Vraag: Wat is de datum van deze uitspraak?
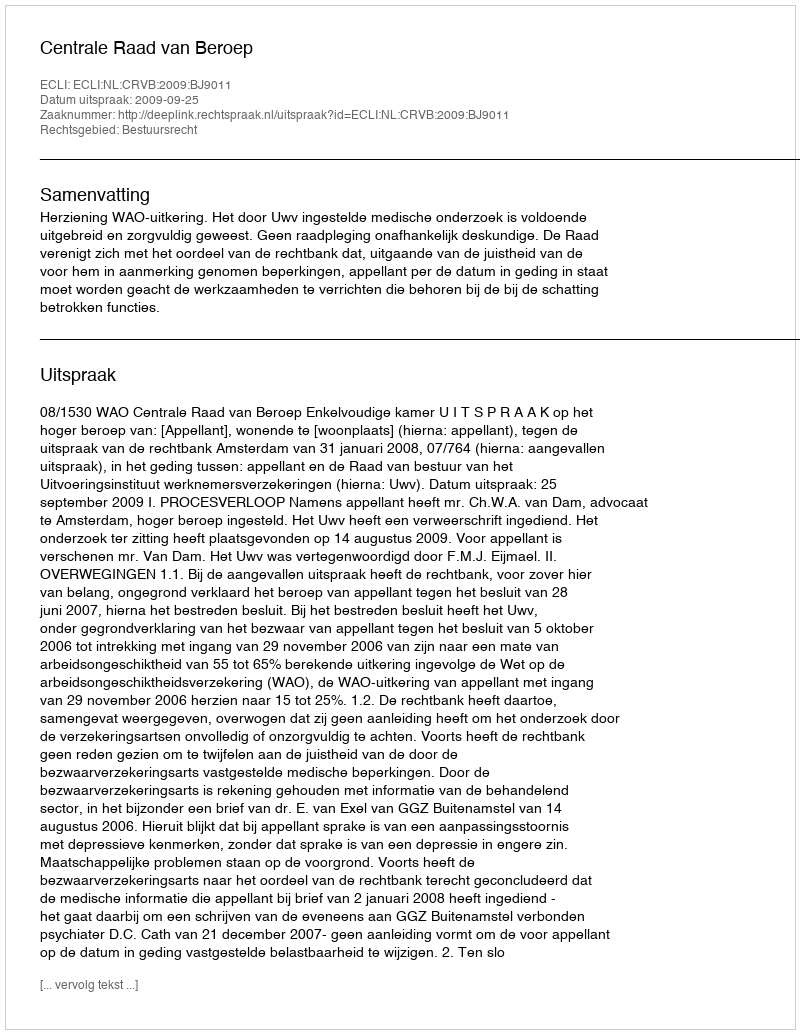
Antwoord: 2009-09-25